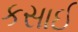
કસાઈ